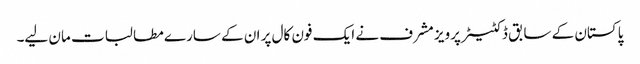
پاکستان کے سابق ڈکٹیٹر پرویز مشرف نے ایک فون کال پر ان کے سارے مطا لبات مان لیے۔